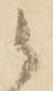
候